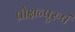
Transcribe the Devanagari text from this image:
प्रौक्षन्पुरुषं